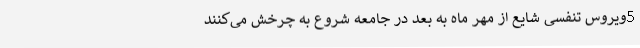
5ویروس تنفسی شایع از مهر ماه به بعد در جامعه شروع به چرخش می‌کنند